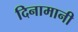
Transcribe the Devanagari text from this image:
दिनामानी